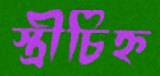
স্ত্রীচিহ্ন